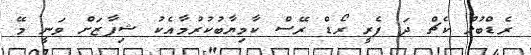
ރެޑްބުލް ކެޗް ދަ ފެރީ ރޯޑް ރޭސް ކާމިޔާބުކުރުމާއެކު ޝިފާޒަށް ވަނީ މޭ